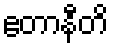
ဧတာနီတိ